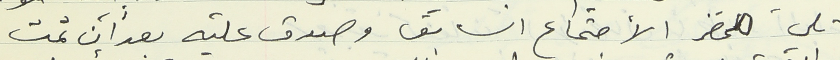
تلي محضر الأجتماع السابق وصدق عليه بعد أن تمت